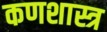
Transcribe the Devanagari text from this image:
कणशास्त्र